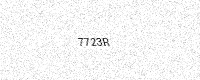
Text: 7723R